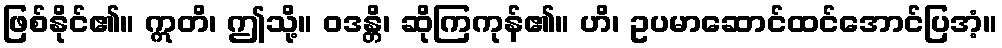
ဖြစ်နိုင်၏။ ဣတိ၊ ဤသို့။ ဝဒန္တိ၊ ဆိုကြကုန်၏။ ဟိ၊ ဥပမာဆောင်ထင်အောင်ပြအံ့။